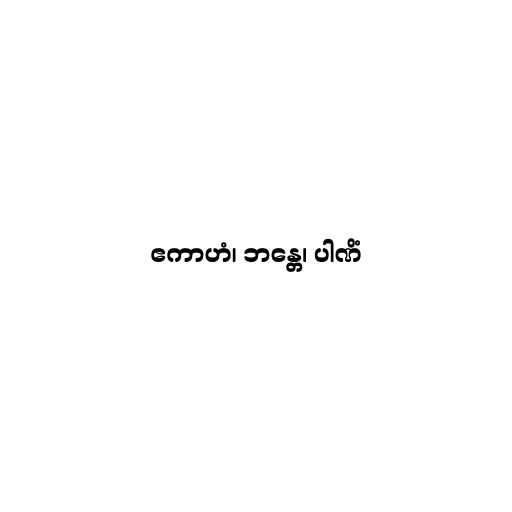
ဧကာဟံ၊ ဘန္တေ၊ ပါဏိံ